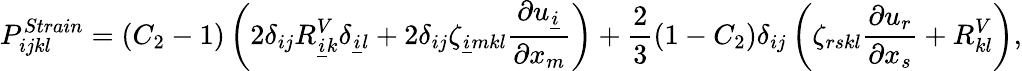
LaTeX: P_{ijkl}^{Strain}=\left(C_{2}-1\right)\left(2\delta_{ij}R_{\underline{{i}}k}^{V}\delta_{\underline{{i}}l}+2\delta_{ij}\zeta_{\underline{{i}}mkl}\frac{\partial u_{\underline{{i}}}}{\partial x_{m}}\right)+\frac{2}{3}\left(1-C_{2}\right)\delta_{ij}\left(\zeta_{rskl}\frac{\partial u_{r}}{\partial x_{s}}+R_{kl}^{V}\right),